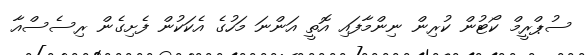
ސުޕްރީމް ކޯޓުން ކުރިން ނިންމާފައި އޮތީ އަންނަ މަހުގެ އެކަކުން ފެށިގެން ރިސެސްއާ